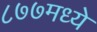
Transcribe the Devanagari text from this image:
८७७मध्ये